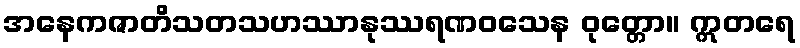
အနေကဇာတိသတသဟဿာနုဿရဏဝသေန ဝုတ္တော။ ဣတရေ